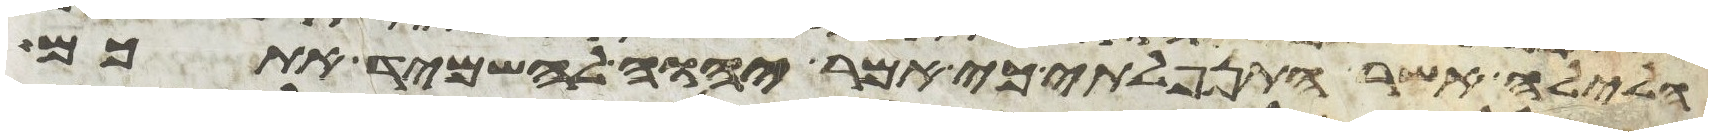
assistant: הלילה אשר התנפלתי כי אמר יהוה להשמיד אתכם